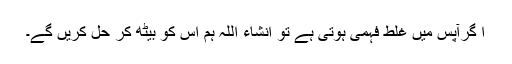
ا گرآپس میں غلط فہمی ہوتی ہے تو انشاء اللہ ہم اس کو بیٹھ کر حل کریں گے۔